Annual report on the working of the mental hospitals in the Madras Presidency - 1912-1932
Year: 1912
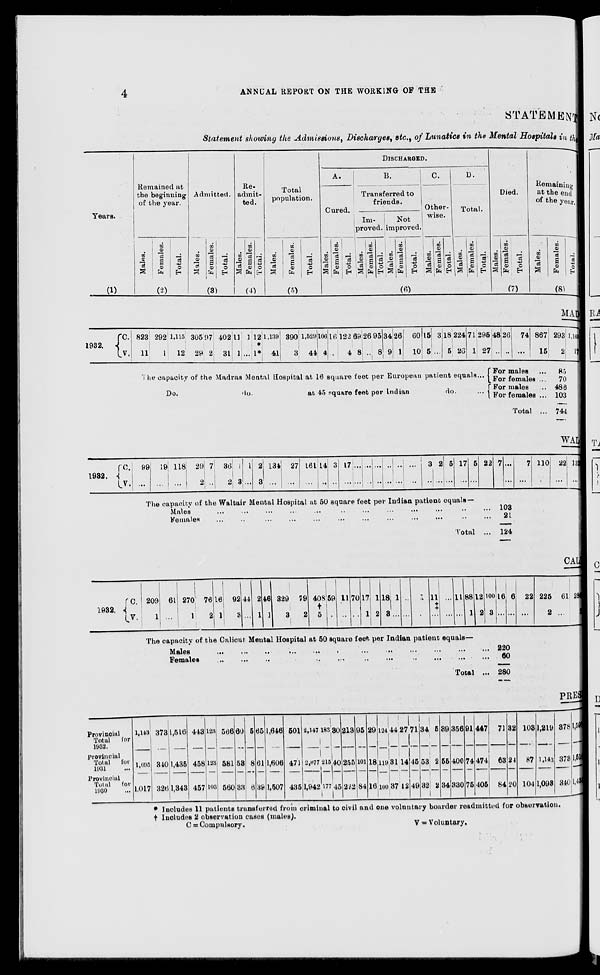
4
ANNUAL REPORT ON THE WORKING OF THE
STATEMENT
Statement showing the Admissions, Discharges, etc., of Lunatics in the Mental Hospitals in the
Years.
(1)
1932.
C.
V.
Remained at
the beginning
of the year.
Males.
Females.
Total.
(2)
Admitted.
Males.
Females.
Total.
(3)
Re-
admit-
ted.
Males.
Females.
Total.
(4)
Total
population.
Males.
Females.
Total.
(5)
DISCHARGED.
A.
Cured.
Males.
Females.
Total.
B.
Transferred to
friends.
Im-
proved.
Males.
Females.
Total.
Not
improved.
Males.
Females.
Total.
c.
Other-
wise.
Males.
Females.
Total.
D.
Total.
Males.
Females.
Total.
(6)
Died.
Males.
Females.
Total.
(7)
Remaining
at the end
of the year.
Males.
Females.
Total.
(8)
MA
823
11
292
1
1,115
12
305
29
97
2
402
31
11
1
1
...
12
* 1*
1,139
41
390
3
1,529
44
106
4
16
...
122
4
69
8
26
...
95
8
34
9
26
1
60
10
15
5
3
...
18
5
224
26
71
1
295
27
The capacity of the Madras Mental Hospital at 16 square feet per European patient equals ...
Do.
do.
at 45 square feet per Indian
do.
...
48
...
26
...
74
...
867
15
For males ...
For females ...
For males ...
For females ...
Total ...
293
2
1,160
17
85
70
486
103
744
1932.
WA
C.
V.
99
...
19
...
118
...
29
2
7
...
36
2
1
3
1
...
2
3
134
...
27
...
161
...
14
...
3
...
17
...
...
...
...
...
...
...
...
...
...
...
...
...
3
...
2
...
5
...
17
...
5
...
22
...
7
...
...
...
The capacity of the Waltair Mental Hospital at 50 square feet per Indian patient equals—
Males ... ... ... ... ... ... ... ... ... ... ... ... ... ...
Females ... ... ... ... ... ... ... ... ... ... ... ... ... ...
Total ...
103
21
124
7
...
110
...
22
...
13
...
1932.
CA
C.
V.
209
1
61
...
270
1
76
2
16
1
92
3
44
...
2
1
46
1
329
3
79
2
408
†
5
59
...
11
...
70
...
17
1
1
2
18
3
1
...
...
...
1
...
11
‡
...
...
11
...
88
1
12
2
100
3
16
...
6
...
The capacity of the Calicut Mental Hospital at 50 square feet per Indian patient equals—
Males
...
...
...
...
...
...
...
...
...
...
...
...
...
...
...
...
...
...
...
Females ... ... ... ... ... ... ... ... ... ... ... ... ... ... ... ... ... ...
Total ...
220
60
280
22
...
225
2
61
...
28
2
Provincial
Total
for
1932.
Provincial
Total
for
1931 ...
Provincial
Total
for
1930 ...
PRES
1,143
1,095
1,017
373
340
326
1,516
1,435
1,343
443
458
457
123
123
103
566
581
560
60
53
33
5
8
6
65
61
39
1,646
1,606
1,507
501
471
435
2,147
2,077
1,942
183
215
177
30
40
45
213
255
222
95
101
84
29
18
16
124
119
100
44
31
37
27
14
12
71
45
49
34
53
32
5
2
2
39
55
34
356
400
330
91
74
75
447
474
405
71
63
84
32
24
20
103
87
104
1,219
1,143
1,093
378
378
340
1,597
1,521
1,433
* Includes 11 patients transferred from criminal to civil and one voluntary boarder readmitted for observation.
† Includes 2 observation cases (males).
C =
Compulsory.
V = Voluntary.